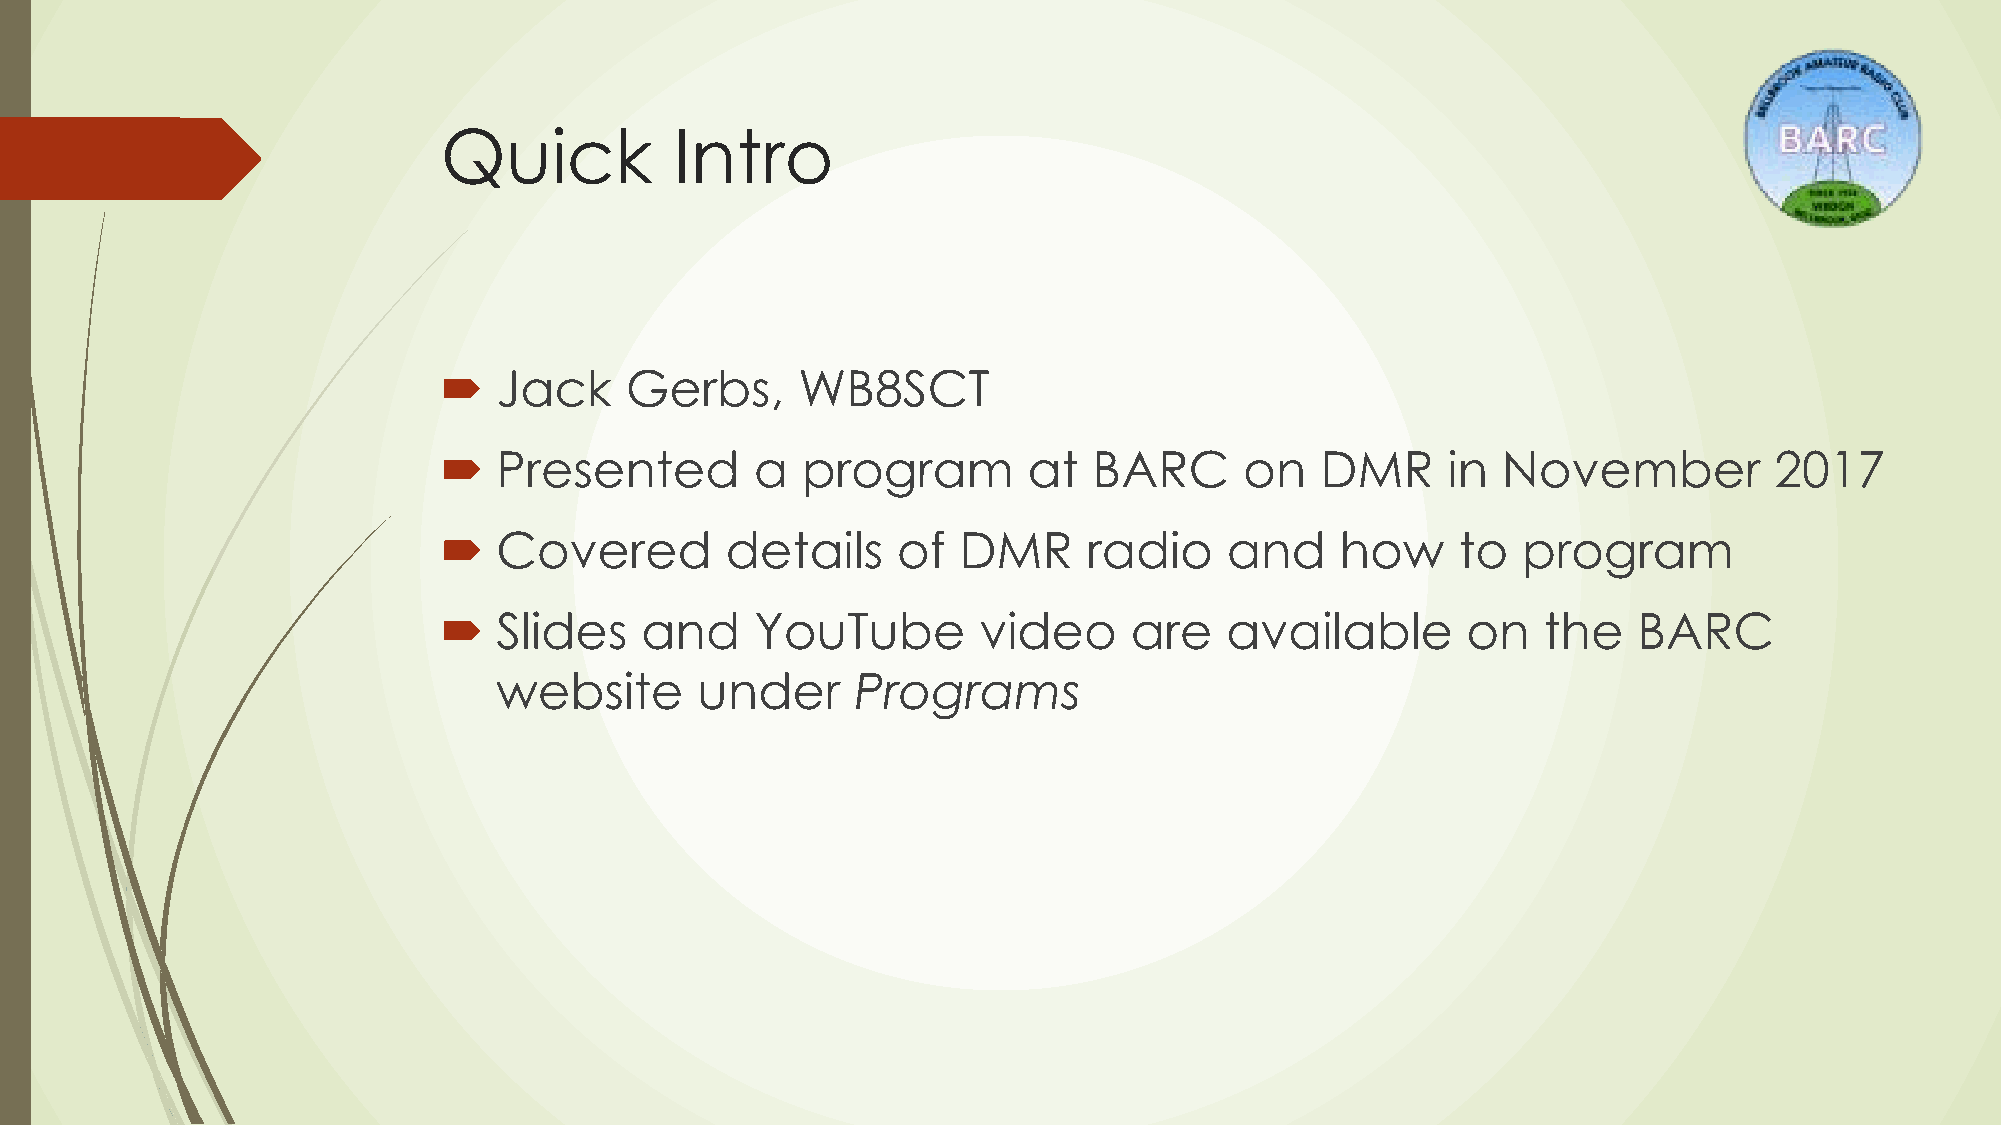
Quick           Intro
    Jack    Gerbs,      WB8SCT
    Presented        a  program        at  BARC      on   DMR      in November          2017
    Covered        details    of  DMR      radio    and     how     to  program
    Slides   and     YouTube        video     are   available       on   the   BARC
 website      under      Programs